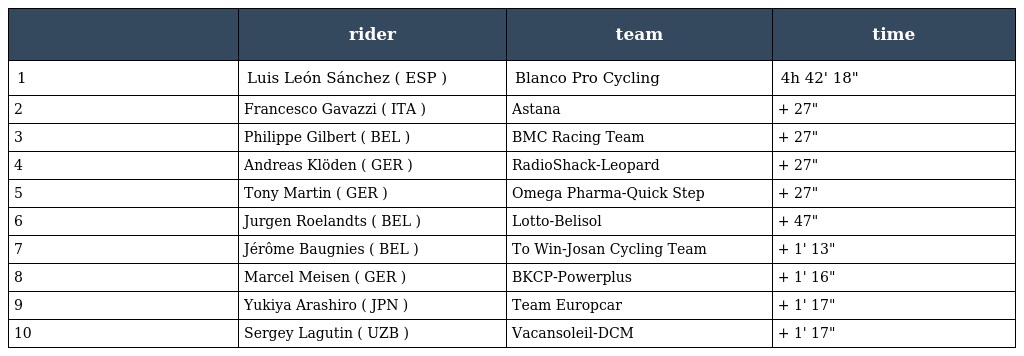
|  | rider | team | time |
 | --- | --- | --- | --- |
 | 1 | Luis León Sánchez ( ESP ) | Blanco Pro Cycling | 4h 42' 18" |
 | 2 | Francesco Gavazzi ( ITA ) | Astana | + 27" |
 | 3 | Philippe Gilbert ( BEL ) | BMC Racing Team | + 27" |
 | 4 | Andreas Klöden ( GER ) | RadioShack-Leopard | + 27" |
 | 5 | Tony Martin ( GER ) | Omega Pharma-Quick Step | + 27" |
 | 6 | Jurgen Roelandts ( BEL ) | Lotto-Belisol | + 47" |
 | 7 | Jérôme Baugnies ( BEL ) | To Win-Josan Cycling Team | + 1' 13" |
 | 8 | Marcel Meisen ( GER ) | BKCP-Powerplus | + 1' 16" |
 | 9 | Yukiya Arashiro ( JPN ) | Team Europcar | + 1' 17" |
 | 10 | Sergey Lagutin ( UZB ) | Vacansoleil-DCM | + 1' 17" |